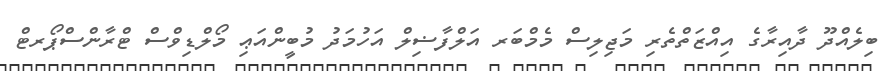
ބިލެއްދޫ ދާއިރާގެ އިއްޒަތްތެރި މަޖިލިސް މެމްބަރ އަލްފާޟިލް އަހުމަދު މުބީންއަޢި މޯލްޑިވްސް ޓްރާންސްޕޯރޓް